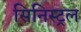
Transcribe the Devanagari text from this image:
सिनिस्ट्रल